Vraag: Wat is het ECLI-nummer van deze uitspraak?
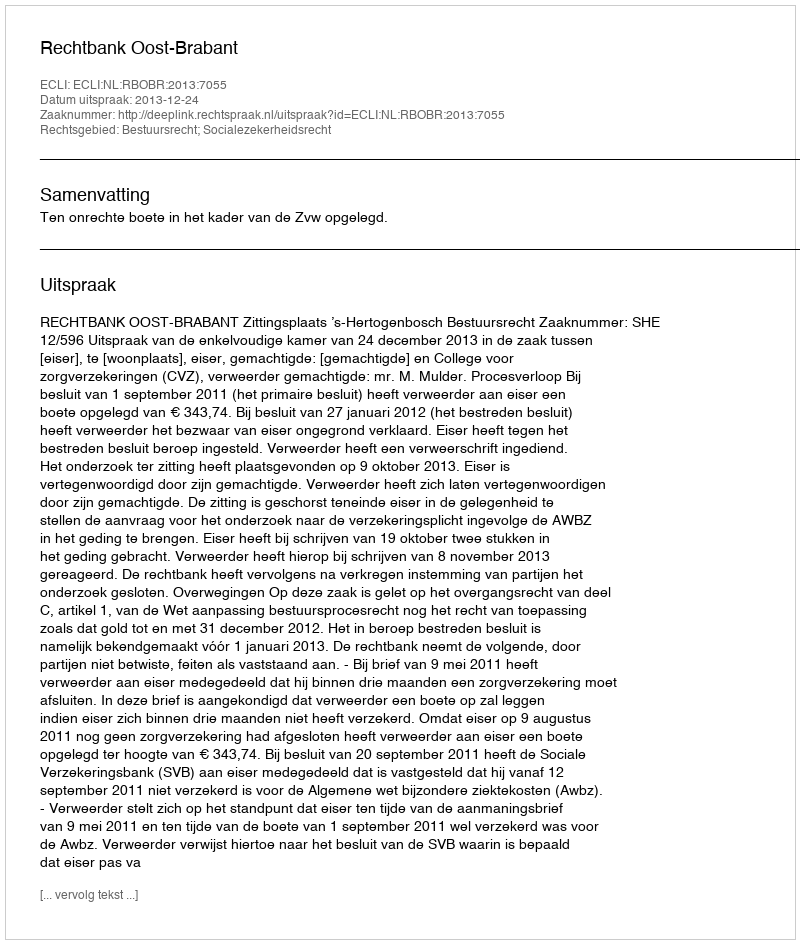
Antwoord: ECLI:NL:RBOBR:2013:7055